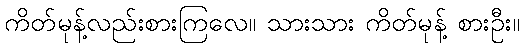
ကိတ်မုန့်လည်းစားကြလေ။ သားသား ကိတ်မုန့် စားဦး။